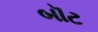
બૉટ